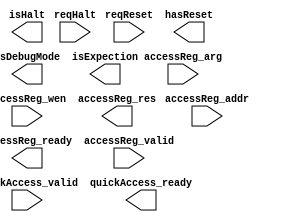
module core_monitor (
	input reqReset,
	output hasReset,

	input reqHalt,
	output isHalt,

	output isDebugMode,


	


input [127:0] accessReg_arg,
input [15:0] accessReg_addr,
input accessReg_wen,
output [127:0] accessReg_res,
output accessReg_ready,
input accessReg_valid,


input quickAccess_valid,
output isExpection,
output quickAccess_ready,

);










endmodule